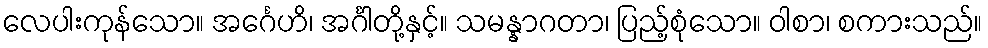
လေပါးကုန်သော။ အင်္ဂေဟိ၊ အင်္ဂါတို့နှင့်။ သမန္နာဂတာ၊ ပြည့်စုံသော။ ဝါစာ၊ စကားသည်။